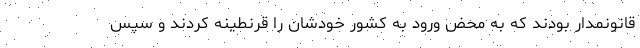
قانونمدار بودند که به محض ورود به کشور خودشان را قرنطینه کردند و سپس